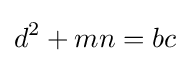
d^{2}+mn=bc